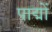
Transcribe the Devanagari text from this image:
पाद्मों